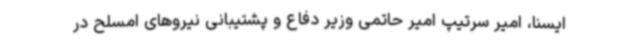
ایسنا، امیر سرتیپ امیر حاتمی وزیر دفاع و پشتیبانی نیروهای امسلح در